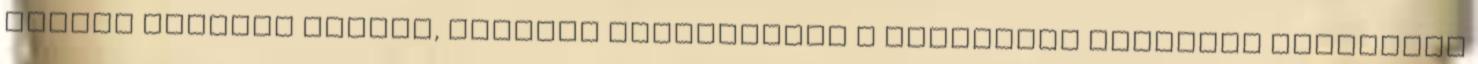
milyen módjait ismeri, különös tekintettel a speciális esetekre Beszéljen